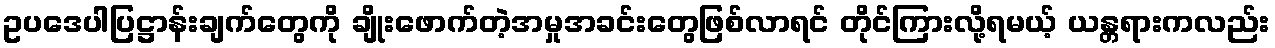
ဥပဒေပါပြဋ္ဌာန်းချက်တွေကို ချိုးဖောက်တဲ့အမှုအခင်းတွေဖြစ်လာရင် တိုင်ကြားလို့ရမယ့် ယန္တရားကလည်း